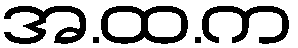
အ.ထ.က